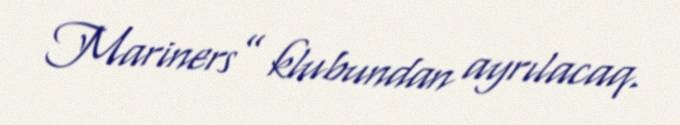
Mariners” klubundan ayrılacaq.